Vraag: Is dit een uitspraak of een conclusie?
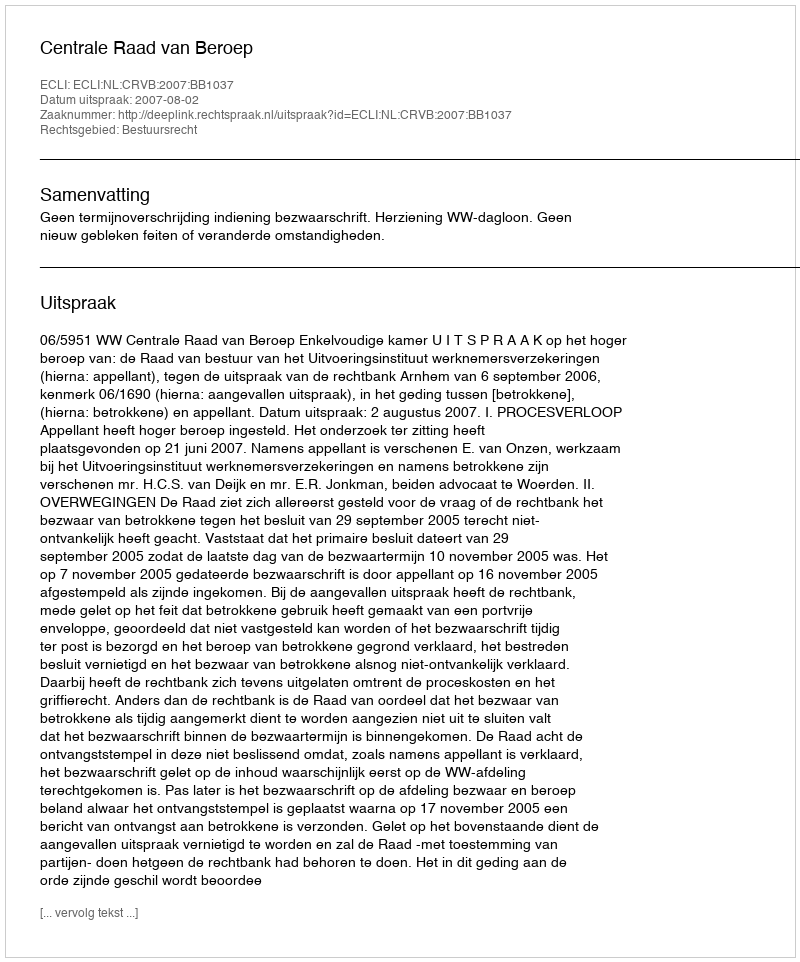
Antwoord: Uitspraak